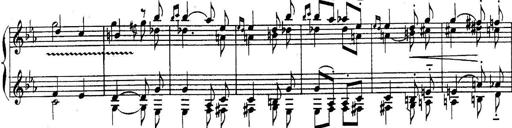
Title: Sonatina for Piano
Composer: BÃ©la BartÃ³k